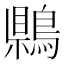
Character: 𪃷